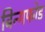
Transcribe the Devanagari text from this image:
बिन्गफोड